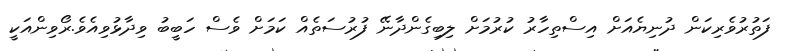
ފަތުރުވެރިކަން ދުނިޔެއަށް އިސްތިހާރު ކުރުމަށް ލިބިގެންދާނޭ ފުރުސަތެއް ކަމަށް ވެސް ހަބީބު ވިދާޅުވިއެވެ.ރޯވިންއަކީ